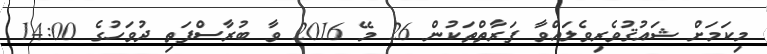
މިކަމަށް ޝައުޤުވެރިވެލައްވާ ފަރާތްތަކުން 26 މޭ 2016 ވާ ބުރާސްފަތި ދުވަހުގެ 14:00